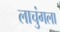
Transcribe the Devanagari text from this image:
लाचुंगला